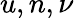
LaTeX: u,n,\nu